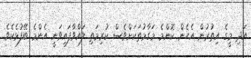
އަދި މީގެ އިތުރުން އެހެން ކޮންމެ މަގާމުތަކަށްވެސް ކުރިމަތި ލައްވާފައިވަނީ އެންމެ ބޭފުޅެކެވެ.